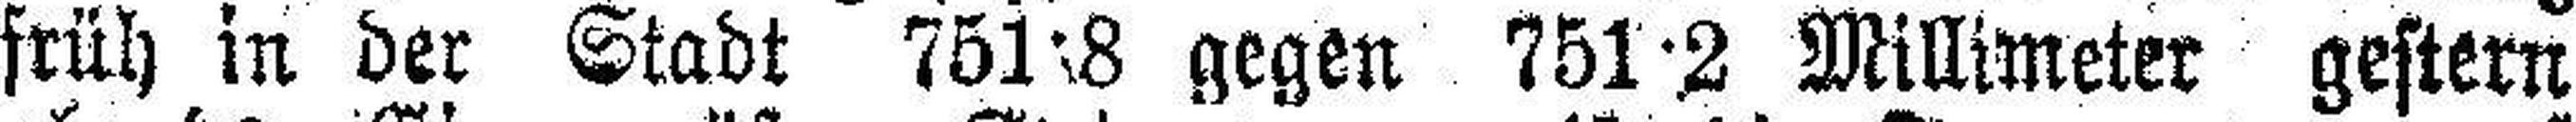
früh in der Stadt 751·8 gegen 751·2 Millimeter gestern